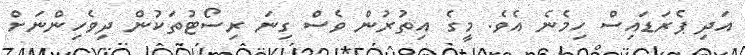
އަދި ޕެރަޑައިސް ހިމެނެ އެވެ. މީގެ އިތުރުން ވެސް ގިނަ ރިސޯޓުތަކުން ދިވެހިންނަށް